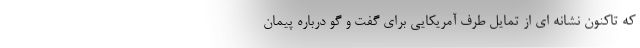
که تاکنون نشانه ای از تمایل طرف آمریکایی برای گفت و گو درباره پیمان